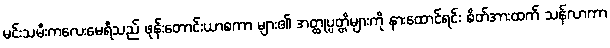
မင်းသမီးကလေးမေရီသည် ဖုန်းတောင်းယာစကာ များ၏ အတ္ထုပ္ပတ္တိများကို နားထောင်ရင်း စိတ်အားထက် သန်လာကာ